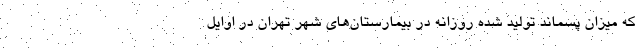
که میزان پسماند تولید شده روزانه در بیمارستان‌های شهر تهران در اوایل